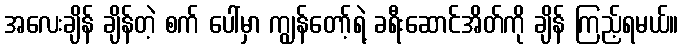
အလေးချိန် ချိန်တဲ့ စက် ပေါ်မှာ ကျွန်တော့်ရဲ့ ခရီးဆောင်အိတ်ကို ချိန် ကြည့်ရမယ်။